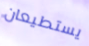
يستطيعان